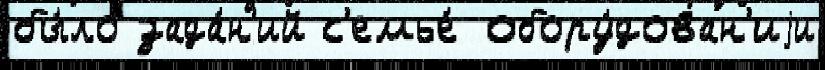
бы́ло зада́н'ий с'емье́ обору́дован'иjи